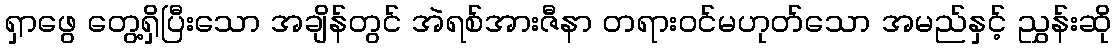
ရှာဖွေ တွေ့ရှိပြီးသော အချိန်တွင် အဲရစ်အားဇီနာ တရားဝင်မဟုတ်သော အမည်နှင့် ညွှန်းဆို